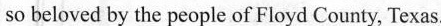
so beloved by the people of Floyd County, Texas.